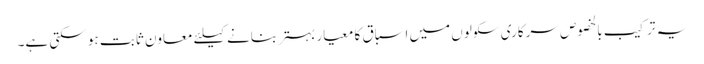
یہ ترکیب بالخصوص سرکاری سکولوں میں اسباق کا معیار بہتر بنانے کیلئے معاون ثابت ہو سکتی ہے۔